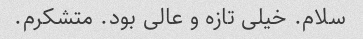
سلام. خیلی تازه و عالی بود. متشکرم.